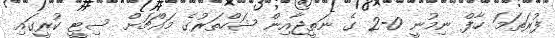
ފުރަތަމަ ހާފް ނިމުނީ 0-2 ގެ ނަތީޖާއިން ޝަހްތަރުގެ މައްޗަށް ސިޓީ ކުރީގައި